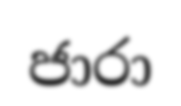
ජාරා